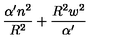
\frac { \alpha ^ { \prime } n ^ { 2 } } { R ^ { 2 } } + \frac { R ^ { 2 } w ^ { 2 } } { \alpha ^ { \prime } }